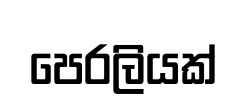
පෙරලියක්